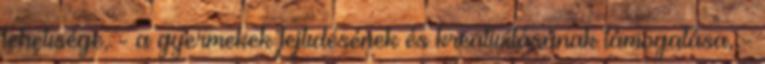
lehetısége, - a gyermekek fejlıdésének és kreativitásának támogatása, -